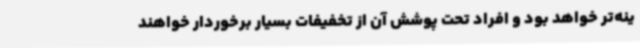
ینه‌تر خواهد بود و افراد تحت پوشش آن از تخفیفات بسیار برخوردار خواهند